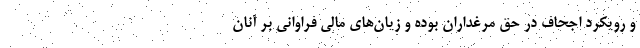
و رویکرد اجحاف در حق مرغداران بوده و زیان‌های مالی فراوانی بر آنان